Indian journal of veterinary science and animal husbandry - Volume 4,
Year: 1934
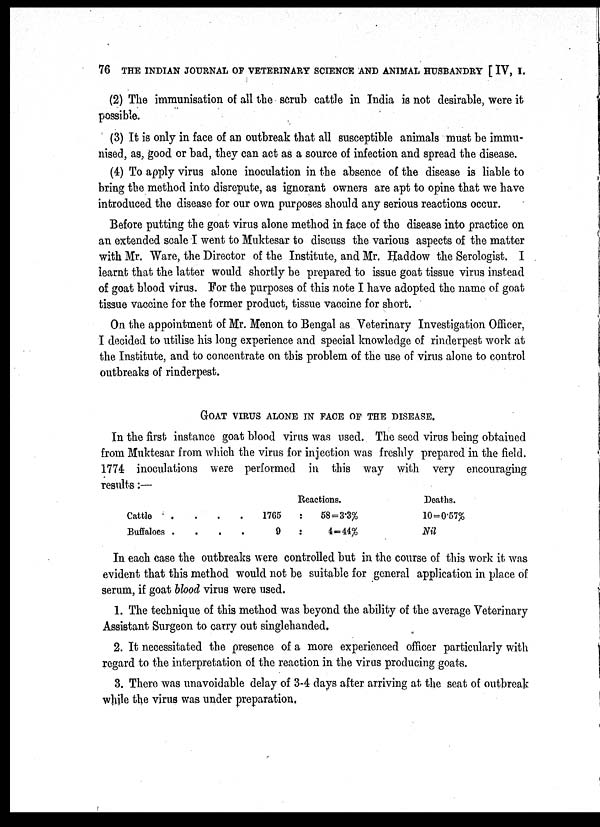
76 THE INDIAN JOURNAL OF VETERINARY SCIENCE AND ANIMAL HUSBANDRY [ IV, I.
(2) The immunisation of all the scrub cattle in India is not desirable, were it
possible.
(3) It is only in face of an outbreak that all susceptible animals must be immu-
nised, as, good or bad, they can act as a source of infection and spread the disease.
(4) To apply virus alone inoculation in the absence of the disease is liable to
bring the method into disrepute, as ignorant owners are apt to opine that we have
introduced the disease for our own purposes should any serious reactions occur.
Before putting the goat virus alone method in face of the disease into practice on
an extended scale I went to Muktesar to discuss the various aspects of the matter
with Mr. Ware, the Director of the Institute, and Mr. Haddow the Serologist. I
learnt that the latter would shortly be prepared to issue goat tissue virus instead
of goat blood virus. For the purposes of this note I have adopted the name of goat
tissue vaccine for the former product, tissue vaccine for short.
On the appointment of Mr. Menon to Bengal as Veterinary Investigation Officer,
I decided to utilise his long experience and special knowledge of rinderpest work at
the Institute, and to concentrate on this problem of the use of virus alone to control
outbreaks of rinderpest.
GOAT VIRUS ALONE IN FACE OF THE DISEASE.
In the first instance goat blood virus was used. The seed virus being obtained
from Muktesar from which the virus for injection was freshly prepared in the field.
1774 inoculations were performed in this way with very encouraging
results:—
Cattle
.
.
.
.1765
Buffaloes . .
.
.
9
Reactions.
:
58=3.3%
:
4=44%
Deaths.
10=0.57%
Nil
In each case the outbreaks were controlled but in the course of this work it was
evident that this method would not be suitable for general application in place of
serum, if goat blood virus were used.
1. The technique of this method was beyond the ability of the average Veterinary
Assistant Surgeon to carry out singlehanded,
2. It necessitated the presence of a more experienced officer particularly with
regard to the interpretation of the reaction in the virus producing goats.
3. There was unavoidable delay of 3-4 days after arriving at the seat of outbreak
while the virus was under preparation,